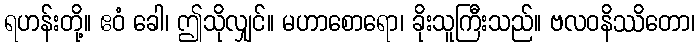
ရဟန်းတို့။ ဧဝံ ခေါ၊ ဤသိုလျှင်။ မဟာစောရော၊ ခိုးသူကြီးသည်။ ဗလဝနိဿိတော၊